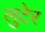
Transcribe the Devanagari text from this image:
लुटेर